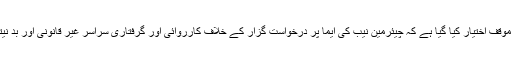
درخواست میں موقف اختیار کیا گیا ہے کہ چیئرمین نیب کی ایما پر درخواست گزار کے خلاف کارروائی اور گرفتاری سراسر غیر قانونی اور بد نیتی پر مبنی ہے۔